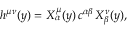
h ^ { \mu \nu } ( y ) = X _ { \alpha } ^ { \mu } ( y ) \, c ^ { \alpha \beta } \, X _ { \beta } ^ { \nu } ( y ) ,